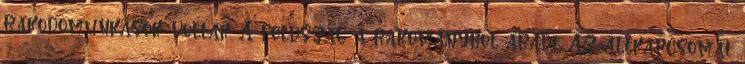
rakodómunkások voltak. A földszag a rakományból áradt. Az állkapcsomat